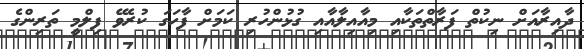
ދާއިރާއަށް ނިކުތް ފަރާތްތަކާއި މިއާއިލާއާއި ގުޅުންހުރި ކަމަށް ފާހަގަ ކުރެވޭ ފިލްމީ ތަރިންގެ